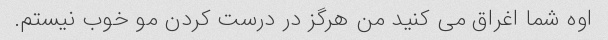
اوه شما اغراق می کنید من هرگز در درست کردن مو خوب نیستم.